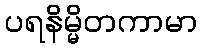
ပရနိမ္မိတကာမာ